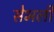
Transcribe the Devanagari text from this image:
सेभली